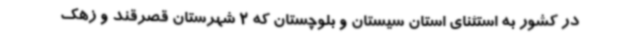
در کشور به استثنای استان سیستان و بلوچستان که 2 شهرستان قصرقند و زهک